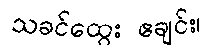
သခင်ထွေး ဧချင်း၊